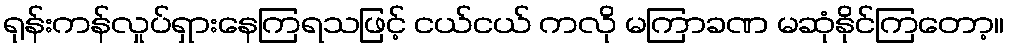
ရုန်းကန်လှုပ်ရှားနေကြရသဖြင့် ငယ်ငယ် ကလို မကြာခဏ မဆုံနိုင်ကြတော့။